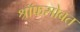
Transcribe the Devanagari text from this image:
श्रॉफसोबत